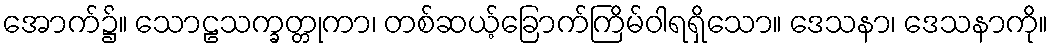
အောက်၌။ သောဠသက္ခတ္တုကာ၊ တစ်ဆယ့်ခြောက်ကြိမ်ဝါရရှိသော။ ဒေသနာ၊ ဒေသနာကို။